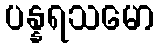
ပန္နရသမော